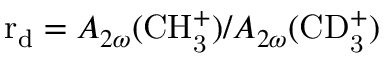
\mathrm { r _ { d } } = A _ { 2 \omega } ( \mathrm { C H _ { 3 } ^ { + } } ) / A _ { 2 \omega } ( \mathrm { C D _ { 3 } ^ { + } } )